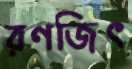
রণজিৎ